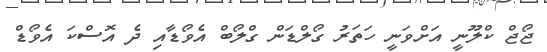
ޖޯޖް ކްލޫނީ އަށްވަނީ ހަތަރު ގޯލްޑަން ގްލޯބް އެވޯޑާއި ދެ އޮސްކަ އެވޯޑް